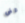
قفى